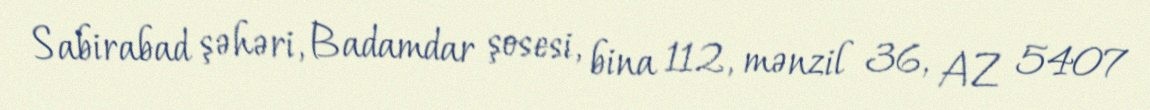
Sabirabad şəhəri, Badamdar şosesi, bina 112, mənzil 36, AZ 5407